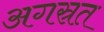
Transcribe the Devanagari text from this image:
अगस्रत